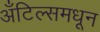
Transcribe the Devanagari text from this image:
अँटिल्समधून